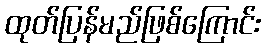
ထုတ်ပြန်မည်ဖြစ်ကြောင်း